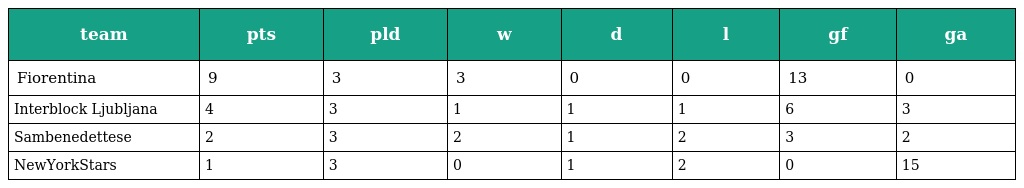
| team | pts | pld | w | d | l | gf | ga |
 | --- | --- | --- | --- | --- | --- | --- | --- |
 | Fiorentina | 9 | 3 | 3 | 0 | 0 | 13 | 0 |
 | Interblock Ljubljana | 4 | 3 | 1 | 1 | 1 | 6 | 3 |
 | Sambenedettese | 2 | 3 | 2 | 1 | 2 | 3 | 2 |
 | NewYorkStars | 1 | 3 | 0 | 1 | 2 | 0 | 15 |